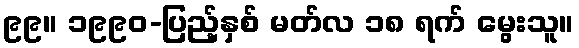
၉၉။ ၁၉၉၀-ပြည့်နှစ် မတ်လ ၁၈ ရက် မွေးသူ။